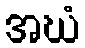
အဃံ